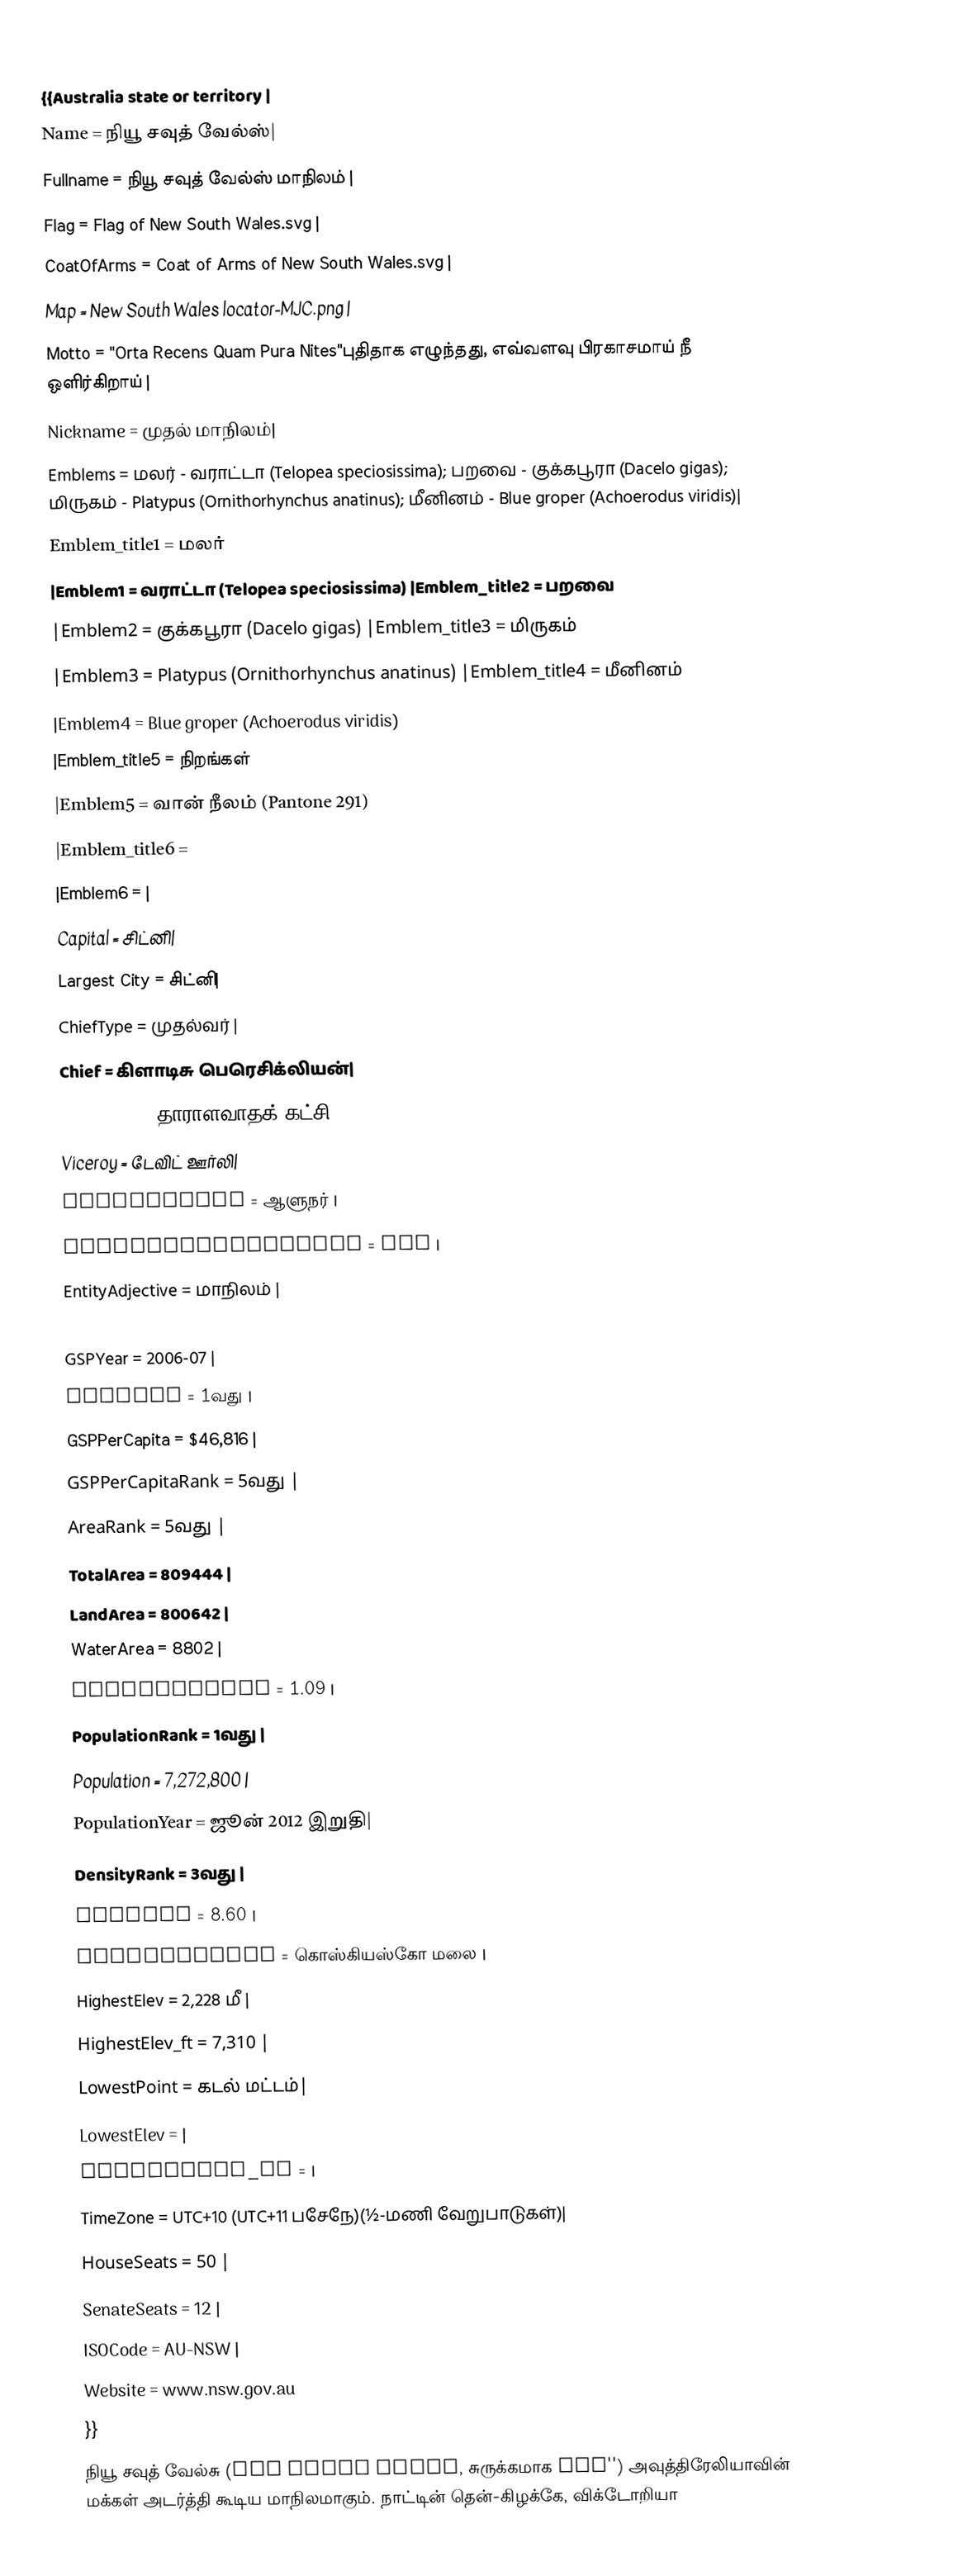
{{Australia state or territory |
 Name = நியூ சவுத் வேல்ஸ்|
 Fullname = நியூ சவுத் வேல்ஸ் மாநிலம் |
 Flag = Flag of New South Wales.svg |
 CoatOfArms = Coat of Arms of New South Wales.svg |
 Map = New South Wales locator-MJC.png |
 Motto = "Orta Recens Quam Pura Nites"புதிதாக எழுந்தது, எவ்வளவு பிரகாசமாய் நீ ஒளிர்கிறாய் |
 Nickname = முதல் மாநிலம்|
 Emblems = மலர் - வராட்டா (Telopea speciosissima); பறவை - குக்கபூரா (Dacelo gigas); மிருகம் - Platypus (Ornithorhynchus anatinus); மீனினம் - Blue groper (Achoerodus viridis)|
   Emblem_title1   = மலர்
  |Emblem1         = வராட்டா (Telopea speciosissima)  |Emblem_title2   = பறவை
  |Emblem2         = குக்கபூரா (Dacelo gigas)  |Emblem_title3   = மிருகம்
  |Emblem3         = Platypus (Ornithorhynchus anatinus)  |Emblem_title4   = மீனினம்
  |Emblem4         = Blue groper (Achoerodus viridis)
  |Emblem_title5   = நிறங்கள்
  |Emblem5         = வான் நீலம் (Pantone 291)
  |Emblem_title6   =
  |Emblem6         = |
 Capital = சிட்னி|
 Largest City = சிட்னி|
 ChiefType = முதல்வர் |
 Chief = கிளாடிசு பெரெசிக்லியன்|
 ChiefParty = தாராளவாதக் கட்சி |
 Viceroy = டேவிட் ஊர்லி|
 ViceroyType = ஆளுநர் |
 PostalAbbreviation = NSW |
 EntityAdjective = மாநிலம் |
 GSP = $321,325|
 GSPYear = 2006-07 |
 GSPRank = 1வது |
 GSPPerCapita = $46,816 |
 GSPPerCapitaRank = 5வது |
 AreaRank = 5வது |
 TotalArea = 809444 |
 LandArea = 800642 |
 WaterArea = 8802 |
 PercentWater = 1.09 |
 PopulationRank = 1வது |
 Population = 7,272,800 |
 PopulationYear = ஜூன் 2012 இறுதி|
 DensityRank = 3வது |
 Density = 8.60 |
HighestPoint    = கொஸ்கியஸ்கோ மலை |
  HighestElev     = 2,228 மீ |
  HighestElev_ft  = 7,310 |
  LowestPoint    =  கடல் மட்டம்|
  LowestElev      =  |
  LowestElev_ft   =  |
  TimeZone = UTC+10 (UTC+11 பசேநே)(½-மணி வேறுபாடுகள்)|
 HouseSeats = 50 |
 SenateSeats = 12 |
 ISOCode = AU-NSW |
 Website = www.nsw.gov.au
}}
நியூ சவுத் வேல்சு (New South Wales, சுருக்கமாக NSW'') அவுத்திரேலியாவின் மக்கள் அடர்த்தி கூடிய மாநிலமாகும். நாட்டின் தென்-கிழக்கே, விக்டோறியா